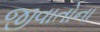
જીવાતોના